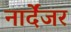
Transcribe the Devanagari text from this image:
नार्देंजर